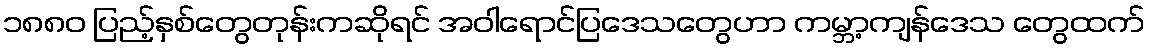
၁၈၈၀ ပြည့်နှစ်တွေတုန်းကဆိုရင် အဝါရောင်ပြဒေသတွေဟာ ကမ္ဘာ့ကျန်ဒေသ တွေထက်